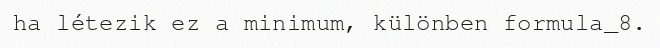
ha létezik ez a minimum, különben formula_8.